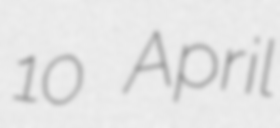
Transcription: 10 April